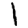
Digit: 1